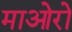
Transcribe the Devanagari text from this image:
माओरो